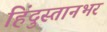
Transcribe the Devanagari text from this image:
हिंदुस्तानभर